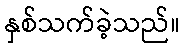
နှစ်သက်ခဲ့သည်။